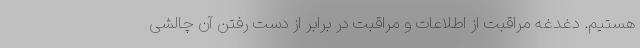
هستیم. دغدغه مراقبت از اطلاعات و مراقبت در برابر از دست رفتن آن چالشی